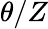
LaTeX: \theta/Z